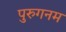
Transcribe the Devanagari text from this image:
पुरुगनम